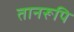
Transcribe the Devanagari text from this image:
तानरूपि